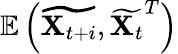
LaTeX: \mathbb{E}\left(\widetilde{\mathbf{X}_{t+i}},\widetilde{\mathbf{X}_{t}}^{T}\right)